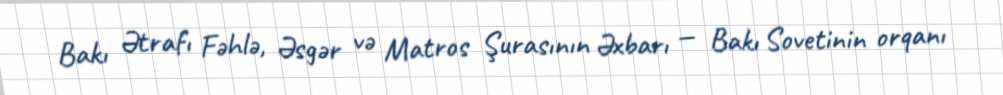
Bakı Ətrafı Fəhlə, Əsgər və Matros Şurasının Əxbarı — Bakı Sovetinin orqanı